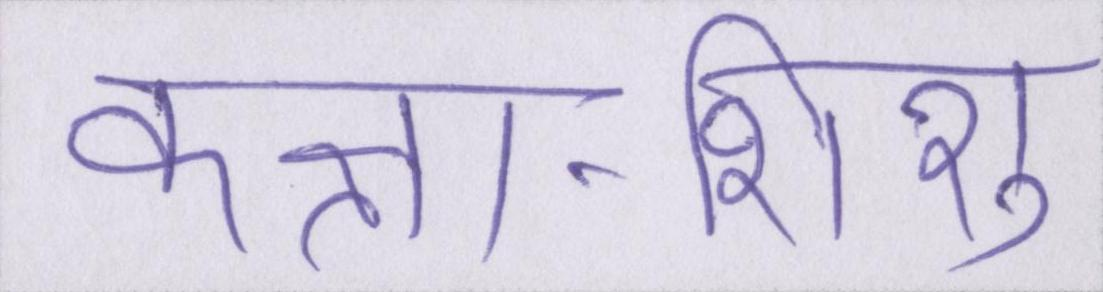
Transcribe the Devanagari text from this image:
कक्षा-शिशु